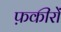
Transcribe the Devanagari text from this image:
फ़कीरों